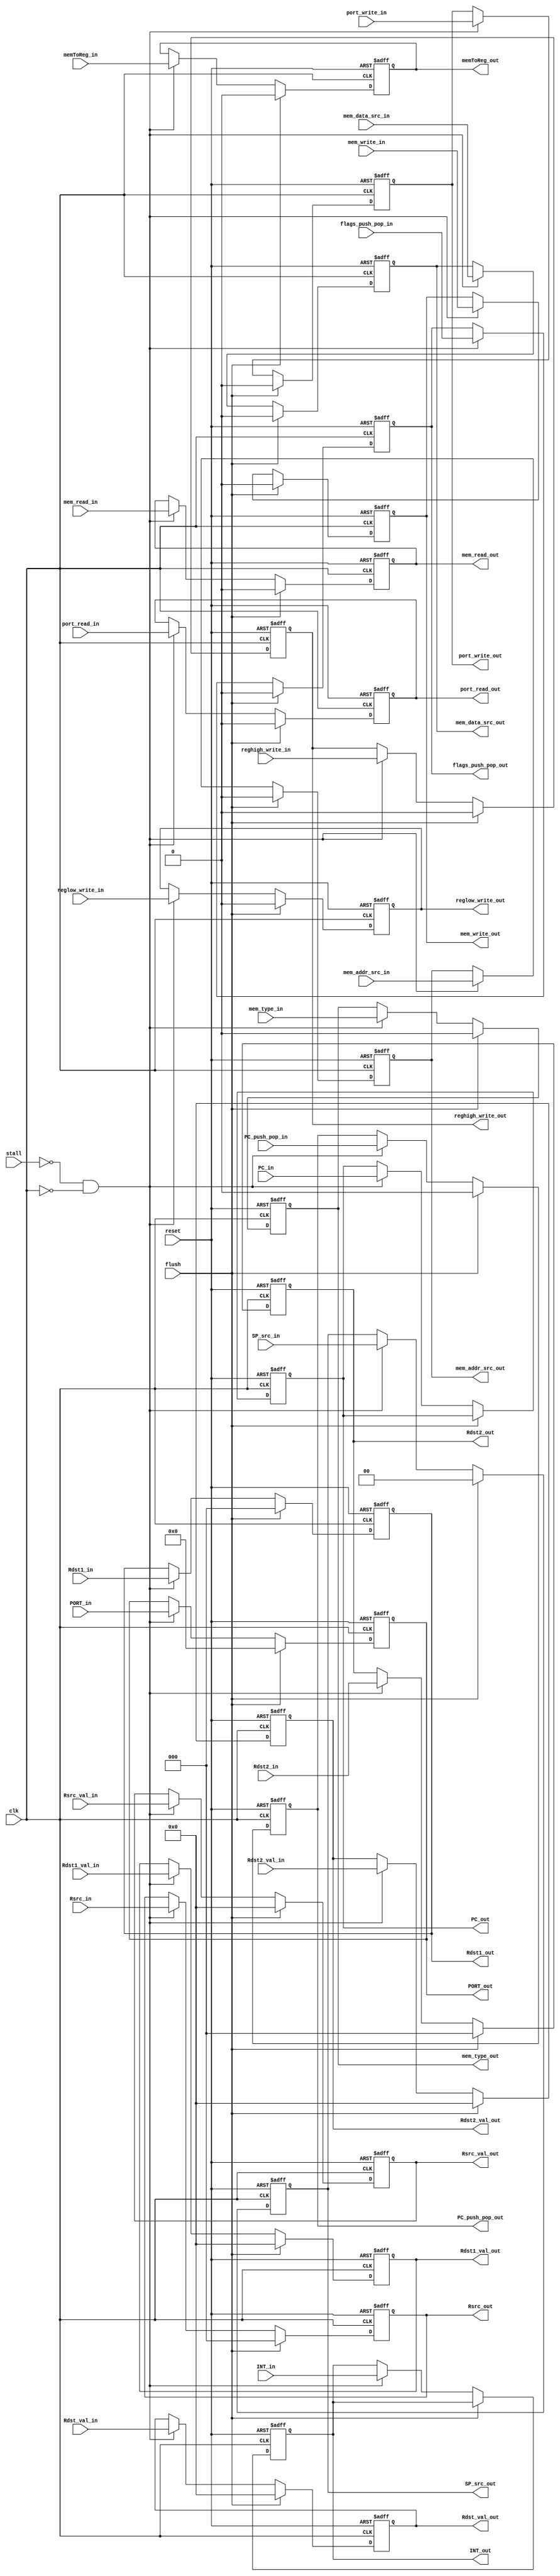
module EX_MEM(PC_out, SP_src_out, port_write_out, port_read_out, Rdst1_val_out, Rdst1_out, mem_write_out, mem_read_out, reglow_write_out, reghigh_write_out, Rdst2_out, 
				mem_type_out, memToReg_out, Rdst2_val_out, PORT_out, Rsrc_out, Rsrc_val_out, mem_data_src_out, mem_addr_src_out, Rdst_val_out, INT_out, PC_push_pop_out,
				flags_push_pop_out, PC_in, SP_src_in, port_write_in, port_read_in, Rdst1_val_in, Rdst1_in, mem_write_in, mem_read_in, reglow_write_in, reghigh_write_in, Rdst2_in, 
				mem_type_in, memToReg_in, Rdst2_val_in, PORT_in, Rsrc_in, Rsrc_val_in, mem_data_src_in, mem_addr_src_in, Rdst_val_in, INT_in, PC_push_pop_in,
				flags_push_pop_in, clk, reset, stall, flush);



/**************************************************************
	value read from the EX stage
	(refer to EX.v to know what each symbol means) 
	(don't forget to have a look at the design files)
**************************************************************/
output wire [15:0] Rdst1_val_out;
output wire [15:0] Rdst2_val_out;
output wire [31:0] PC_out;
output wire [1:0] SP_src_out;
output wire port_write_out;
output wire port_read_out;
output wire [2:0] Rdst1_out;
output wire mem_write_out; 
output wire mem_read_out;
output wire reglow_write_out;
output wire reghigh_write_out;
output wire [2:0] Rdst2_out;
output wire mem_type_out;
output wire memToReg_out;
output wire [3:0] PORT_out;
output wire [2:0] Rsrc_out;
output wire [15:0] Rsrc_val_out;
output wire mem_data_src_out;
output wire mem_addr_src_out;
output wire [15:0] Rdst_val_out;
output wire INT_out;
output wire PC_push_pop_out;
output wire flags_push_pop_out;


/**************************************************************
	value read from the EX stage
	(refer to EX.v to know what each symbol means) 
	(don't forget to have a look at the design files)
**************************************************************/		
input wire [15:0] Rdst1_val_in;
input wire [15:0] Rdst2_val_in;
input wire [31:0] PC_in;
input wire [1:0] SP_src_in;
input wire port_write_in;
input wire port_read_in;
input wire [2:0] Rdst1_in;
input wire mem_write_in; 
input wire mem_read_in;
input wire reglow_write_in;
input wire reghigh_write_in;
input wire [2:0] Rdst2_in;
input wire mem_type_in;
input wire memToReg_in;
input wire [3:0] PORT_in;
input wire [2:0] Rsrc_in;
input wire [15:0] Rsrc_val_in;
input wire mem_data_src_in;
input wire mem_addr_src_in;
input wire [15:0] Rdst_val_in;
input wire INT_in;
input wire PC_push_pop_in;
input wire flags_push_pop_in;


/*the clk that dervies the buffer*/
input wire clk;

/*the stall signal the prevents the buffer from storing the income value*/
input wire stall;

/*the reset signal that zero out the content of the buffer*/
input wire reset;

/*this is the flush signal and it's synchrounous with the clock*/
input wire flush;

/**************************************************************
	actuals registers in the buffer
**************************************************************/
reg [15:0] Rdst1_val;
reg [15:0] Rdst2_val;
reg [31:0] PC;
reg [1:0] SP_src;
reg port_write;
reg port_read;
reg [2:0] Rdst1;
reg mem_write; 
reg mem_read;
reg reglow_write;
reg reghigh_write;
reg [2:0] Rdst2;
reg mem_type;
reg memToReg;
reg [3:0] PORT;
reg [2:0] Rsrc;
reg [15:0] Rsrc_val;
reg mem_data_src;
reg mem_addr_src;
reg [15:0] Rdst_val;
reg INT;
reg PC_push_pop;
reg flags_push_pop;

/**************************************************************
	important assigns
**************************************************************/
assign Rdst1_val_out = Rdst1_val;
assign Rdst2_val_out = Rdst2_val;
assign PC_out = PC;
assign SP_src_out = SP_src;
assign port_write_out = port_write;
assign port_read_out = port_read;
assign Rdst1_out = Rdst1;
assign mem_write_out = mem_write; 
assign mem_read_out = mem_read;
assign reglow_write_out = reglow_write;
assign reghigh_write_out = reghigh_write;
assign Rdst2_out = Rdst2;
assign mem_type_out = mem_type;
assign memToReg_out = memToReg;
assign PORT_out = PORT;
assign Rsrc_out = Rsrc;
assign Rsrc_val_out = Rsrc_val;
assign mem_data_src_out = mem_data_src;
assign mem_addr_src_out = mem_addr_src;
assign Rdst_val_out = Rdst_val;
assign INT_out = INT;
assign PC_push_pop_out = PC_push_pop;
assign flags_push_pop_out = flags_push_pop;

/**************************************************************
	the actual logic of the buffer
**************************************************************/	
always @(negedge clk, posedge reset)
begin 

	if(reset)
	begin
		Rdst1_val <= 16'd0;
		Rdst2_val <= 16'd0;
		PC <= 32'd0;
		SP_src <= 2'd0;
		port_write <= 1'd0;
		port_read <= 1'd0;
		Rdst1 <= 3'd0;
		mem_write <= 1'd0;
		mem_read <= 1'd0;
	 	reglow_write <= 1'd0;
		reghigh_write <= 1'd0;
		Rdst2 <= 3'd0;
		mem_type <= 1'd0;
		memToReg <= 1'd0;
		PORT <= 4'd0;
		Rsrc <= 3'd0;
		Rsrc_val <= 16'd0;
		mem_data_src <= 1'd0;
		mem_addr_src <= 1'd0;
		Rdst_val <= 16'd0;
		INT <= 1'd0;
		PC_push_pop <= 1'd0;
		flags_push_pop <= 1'd0;		
	end
	
	else if(flush)
	begin
		Rdst1_val <= 16'd0;
		Rdst2_val <= 16'd0;
		SP_src <= 2'd0;
		port_write <= 1'd0;
		port_read <= 1'd0;
		Rdst1 <= 3'd0;
		mem_write <= 1'd0;
		mem_read <= 1'd0;
	 	reglow_write <= 1'd0;
		reghigh_write <= 1'd0;
		Rdst2 <= 3'd0;
		mem_type <= 1'd0;
		memToReg <= 1'd0;
		PORT <= 4'd0;
		Rsrc <= 3'd0;
		Rsrc_val <= 16'd0;
		mem_data_src <= 1'd0;
		mem_addr_src <= 1'd0;
		Rdst_val <= 16'd0;
		PC_push_pop <= 1'd0;
		flags_push_pop <= 1'd0;		
	end
	
	else if(!stall & !clk)
	begin 
		Rdst1_val <= Rdst1_val_in;
		Rdst2_val <= Rdst2_val_in;
		PC <= PC_in;
		SP_src <= SP_src_in;
		port_write <= port_write_in;
		port_read <= port_read_in;
		Rdst1 <= Rdst1_in;
		mem_write <= mem_write_in;
		mem_read <= mem_read_in;
	 	reglow_write <= reglow_write_in;
		reghigh_write <= reghigh_write_in;
		Rdst2 <= Rdst2_in;
		mem_type <= mem_type_in;
		memToReg <= memToReg_in;
		PORT <= PORT_in;
		Rsrc <= Rsrc_in;
		Rsrc_val <= Rsrc_val_in;
		mem_data_src <= mem_data_src_in;
		mem_addr_src <= mem_addr_src_in;
		Rdst_val <= Rdst_val_in;
		INT <= INT_in;
		PC_push_pop <= PC_push_pop_in;
		flags_push_pop <= flags_push_pop_in;
	end

	else 
	begin
		Rdst1_val <= Rdst1_val;
		Rdst2_val <= Rdst2_val;
		PC <= PC;
		SP_src <= SP_src;
		port_write <= port_write;
		port_read <= port_read;
		Rdst1 <= Rdst1;
		mem_write <= mem_write;
		mem_read <= mem_read;
	 	reglow_write <= reglow_write;
		reghigh_write <= reghigh_write;
		Rdst2 <= Rdst2;
		mem_type <= mem_type;
		memToReg <= memToReg;
		PORT <= PORT;
		Rsrc <= Rsrc;
		Rsrc_val <= Rsrc_val;
		mem_data_src <= mem_data_src;
		mem_addr_src <= mem_addr_src;
		Rdst_val <= Rdst_val;
		INT <= INT;
		PC_push_pop <= PC_push_pop;
		flags_push_pop <= flags_push_pop;
	end


end


endmodule